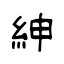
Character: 紳